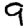
Digit: 9